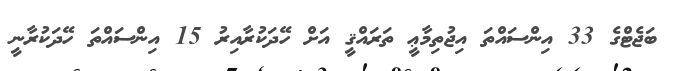
ބަޖެޓްގެ 33 އިންސައްތަ އިޖުތިމާޢީ ތަރައްޤީ އަށް ހޭދަކުރާއިރު 15 އިންސައްތަ ހޭދަކުރާނީ